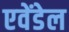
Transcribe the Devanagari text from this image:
एवेंडेल